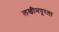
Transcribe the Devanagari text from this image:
लखीमपूरला